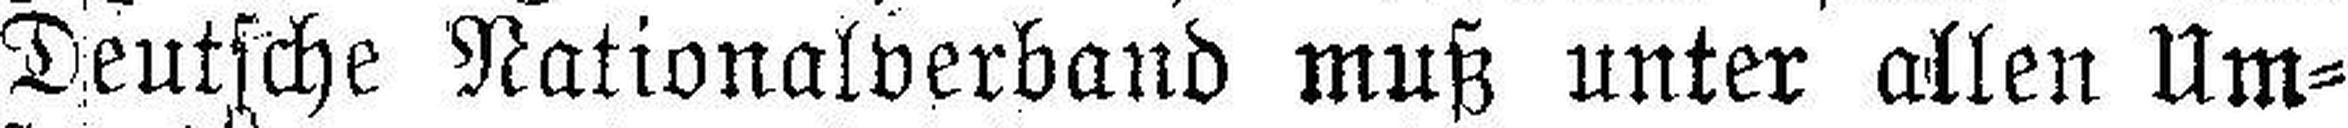
Deutsche Nationalverband muß unter allen Um¬